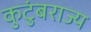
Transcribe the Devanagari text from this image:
कुटुंबराज्य